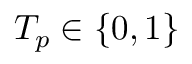
T _ { p } \in \{ 0 , 1 \}